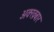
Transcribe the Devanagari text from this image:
अक्ख़बार